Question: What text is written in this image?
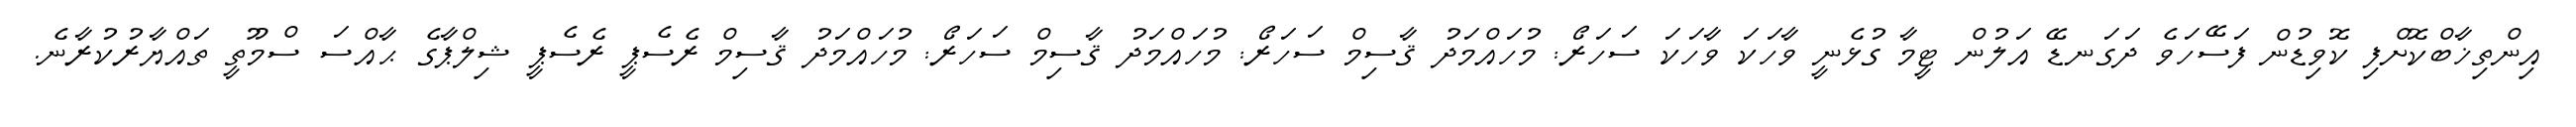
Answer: އިންތިޚާބްކޮށްފި ކޮވިޑުން ފަސޭހަވެ ދަގަނޑޭ އަލުން ޓީމާ ގުޅެނީ ވާހަކަ ވާހަކަ ސަހަރޯ: މުހައްމަދު ޤާސިމް ސަހަރޯ: މުހައްމަދު ޤާސިމް ސަހަރޯ: މުހައްމަދު ޤާސިމް ރެސެޕީ ރެސެޕީ ޝިލްޕާގެ ޙާއްސަ ސްމޫތީ ތައްޔާރުކުރާނެ.